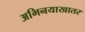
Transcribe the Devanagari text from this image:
अभिनयाखातर